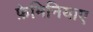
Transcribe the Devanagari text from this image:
फ़ेमिनियाए